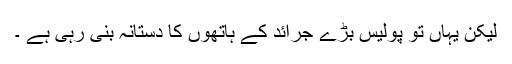
لیکن یہاں تو پولیس بڑے جرائد کے ہاتھوں کا دستانہ بنی رہی ہے ۔